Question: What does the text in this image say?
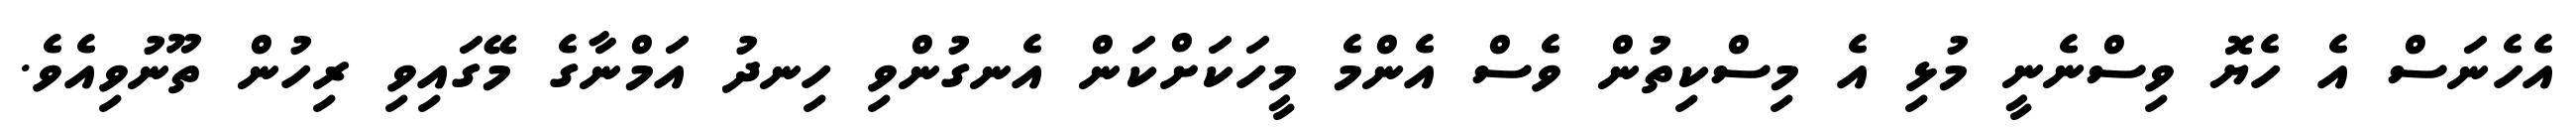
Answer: އެހެނަސް އެ ހެޔޮ ވިސްނެނީ މުޅި އެ މިސްކިތުން ވެސް އެންމެ މީހަކަށްކަން އެނގުންވި ހިނދު އަމްނާގެ މޭގައިވި ރިހުން ތޫނުވިއެވެ.